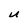
Character: U